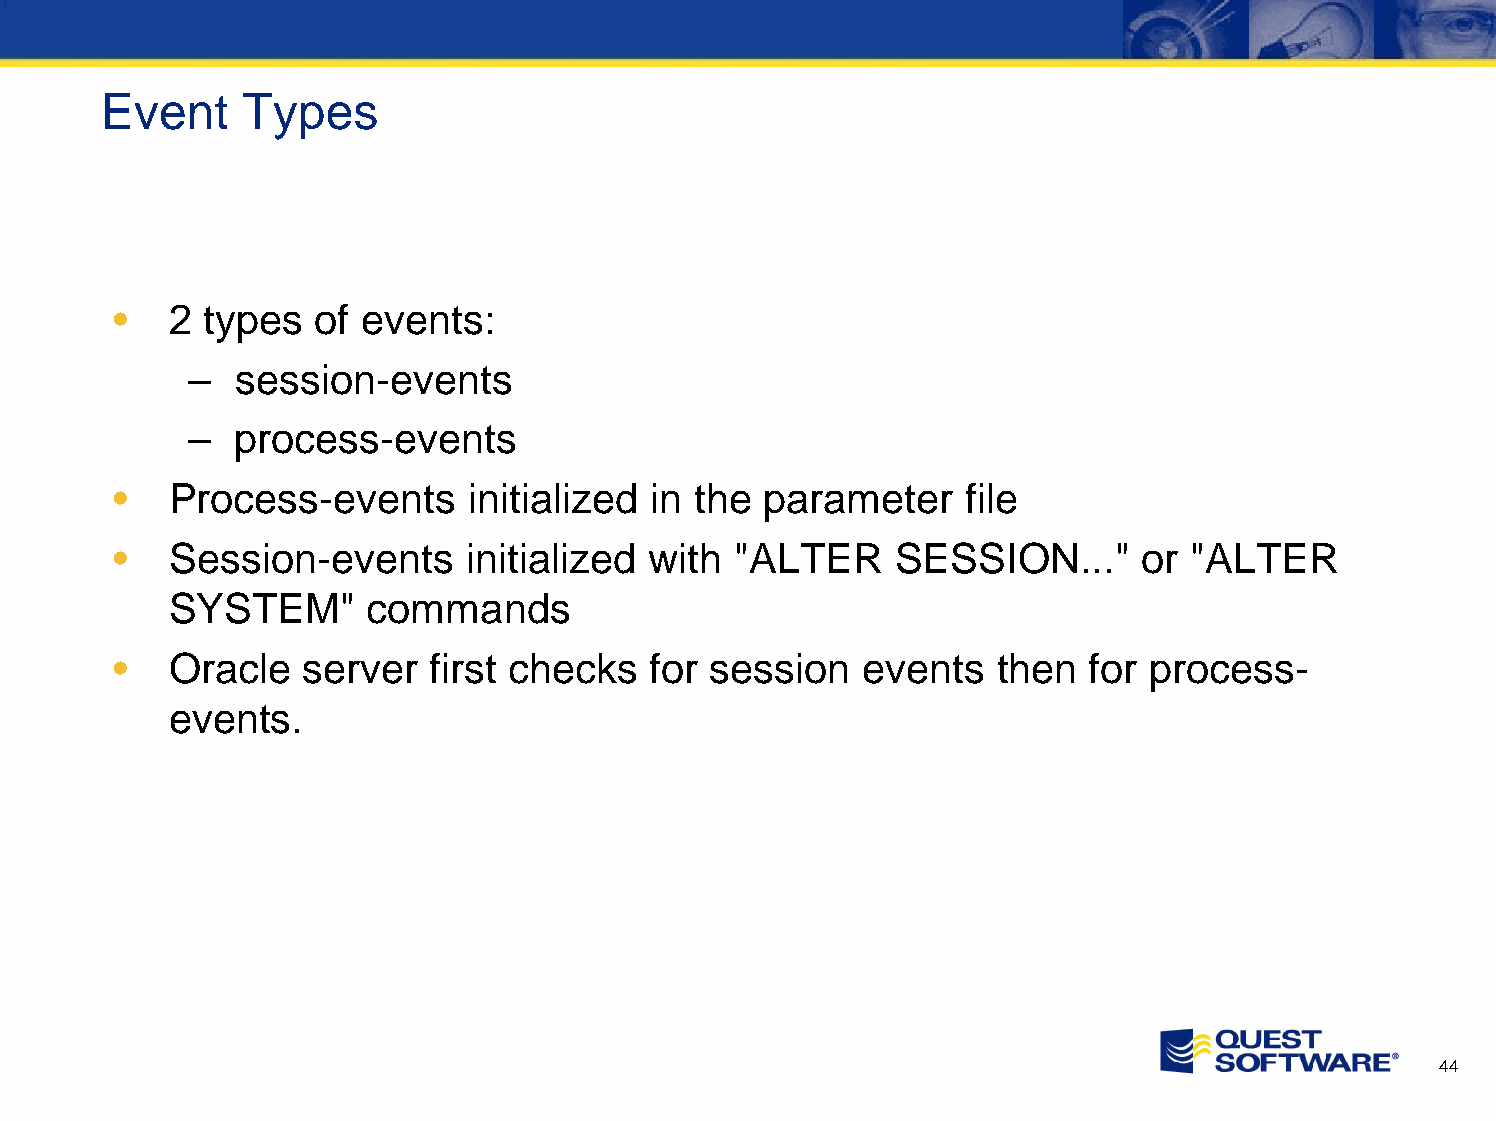
Event    Types
 •  2  types  of events:
 –  session-events
 –  process-events
 •  Process-events      initialized in the  parameter    file
 •  Session-events      initialized with  "ALTER    SESSION..."      or "ALTER
 SYSTEM"      commands
 •  Oracle   server   first checks  for session   events   then  for process-
 events.
 44